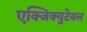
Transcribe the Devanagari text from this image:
एक्जिक्युटेबल